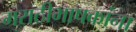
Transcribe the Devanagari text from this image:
मराठीभाषकांना